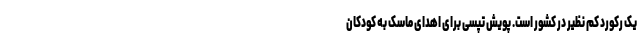
یک رکورد کم نظیر در کشور است. پویش تپسی برای اهدای ماسک به کودکان